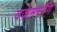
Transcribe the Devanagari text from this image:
वज्रमपाणि